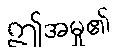
ဤအမှု၏